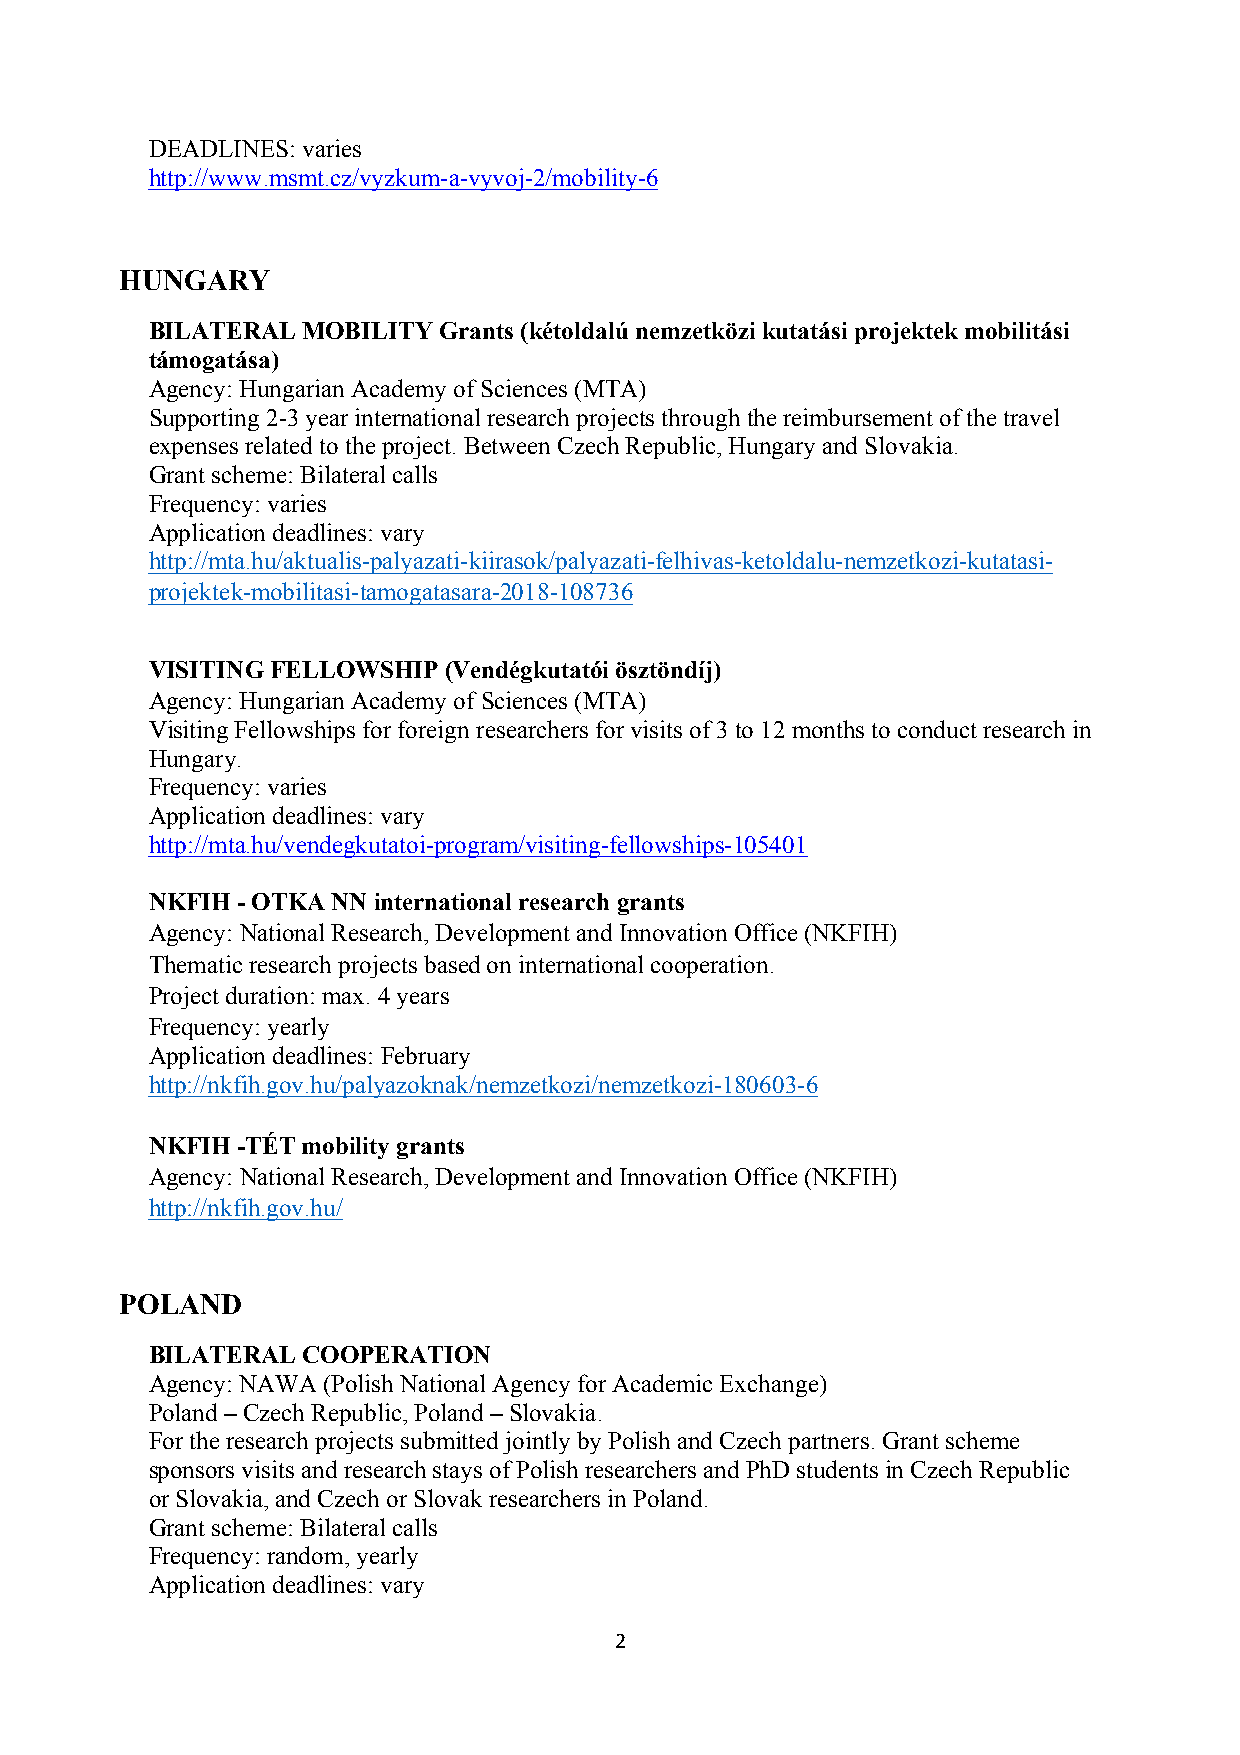
DEADLINES: varies
 http://www.msmt.cz/vyzkum-a-vyvoj-2/mobility-6
 HUNGARY
 BILATERAL MOBILITY Grants (kétoldalú nemzetközi kutatási projektek mobilitási
 támogatása)
 Agency: Hungarian Academy of Sciences (MTA)
 Supporting 2-3 year international research projects through the reimbursement of the travel
 expenses related to the project. Between Czech Republic, Hungary and Slovakia.
 Grant scheme: Bilateral calls
 Frequency: varies
 Application deadlines: vary
 http://mta.hu/aktualis-palyazati-kiirasok/palyazati-felhivas-ketoldalu-nemzetkozi-kutatasi-
 projektek-mobilitasi-tamogatasara-2018-108736
 VISITING FELLOWSHIP (Vendégkutatói ösztöndíj)
 Agency: Hungarian Academy of Sciences (MTA)
 Visiting Fellowships for foreign researchers for visits of 3 to 12 months to conduct research in
 Hungary.
 Frequency: varies
 Application deadlines: vary
 http://mta.hu/vendegkutatoi-program/visiting-fellowships-105401
 NKFIH - OTKA NN international research grants
 Agency: National Research, Development and Innovation Office (NKFIH)
 Thematic research projects based on international cooperation.
 Project duration: max. 4 years
 Frequency: yearly
 Application deadlines: February
 http://nkfih.gov.hu/palyazoknak/nemzetkozi/nemzetkozi-180603-6
 NKFIH -TÉT mobility grants
 Agency: National Research, Development and Innovation Office (NKFIH)
 http://nkfih.gov.hu/
 POLAND
 BILATERAL COOPERATION
 Agency: NAWA (Polish National Agency for Academic Exchange)
 Poland – Czech Republic, Poland – Slovakia.
 For the research projects submitted jointly by Polish and Czech partners. Grant scheme
 sponsors visits and research stays of Polish researchers and PhD students in Czech Republic
 or Slovakia, and Czech or Slovak researchers in Poland.
 Grant scheme: Bilateral calls
 Frequency: random, yearly
 Application deadlines: vary
 2